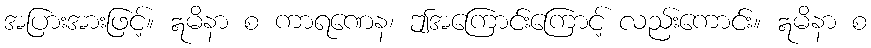
အပြားအားဖြင့်။ ဣမိနာ စ ကာရဏေန၊ ဤအကြောင်းကြောင့် လည်းကောင်း။ ဣမိနာ စ